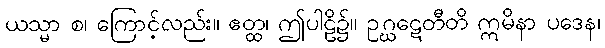
ယသ္မာ စ၊ ကြောင့်လည်း။ ဧတ္ထ၊ ဤပါဠိ၌။ ဥဂ္ဃဋေတီတိ ဣမိနာ ပဒေန၊